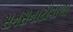
સનસનાટીવાળા